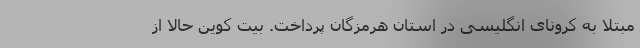
مبتلا به کرونای انگلیسی در استان هرمزگان پرداخت. بیت کوین حالا از